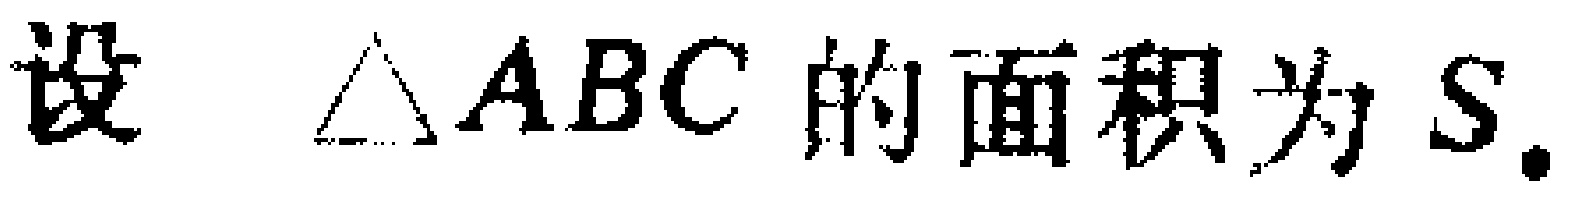
设 $\triangle ABC$ 的面积为 $S$.